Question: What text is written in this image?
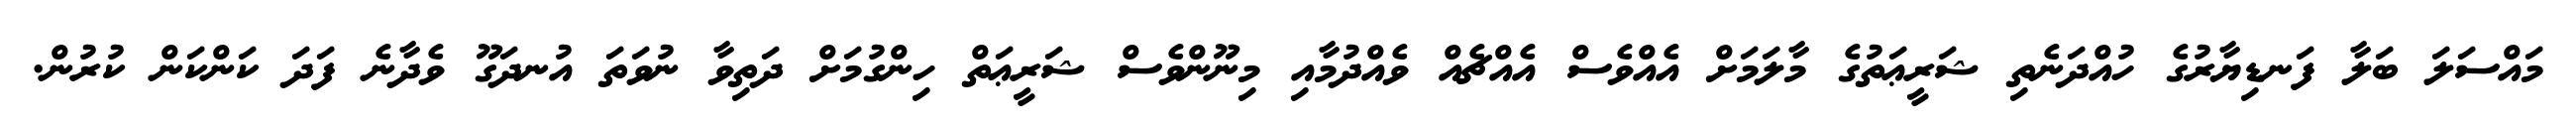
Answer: މައްސަލަ ބަލާ ފަނޑިޔާރުގެ ހުއްދަނެތި ޝަރީޢަތުގެ މާލަމަށް އެއްވެސް އެއްޗެއް ވެއްދުމާއި މިނޫންވެސް ޝަރީޢަތް ހިންގުމަށް ދަތިވާ ނުވަތަ އުނދަގޫ ވެދާނެ ފަދަ ކަންކަން ކުރުން.